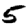
Digit: 5